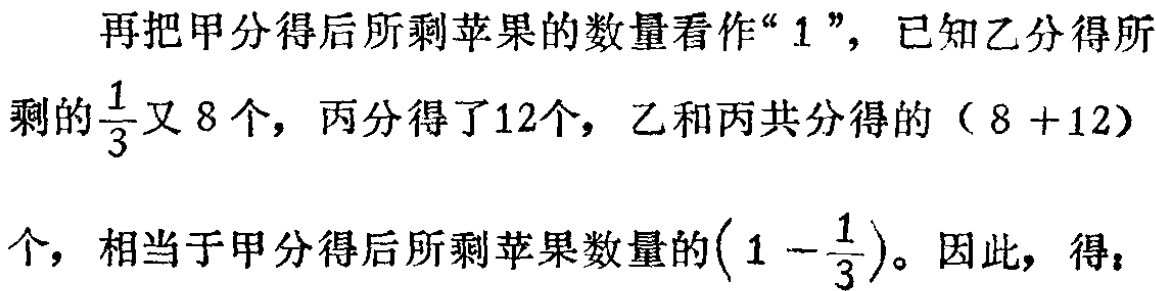
再把甲分得后所剩苹果的数量看作“$1$”，已知乙分得所剩的$\frac{1}{3}$又$8$个，丙分得了12个，乙和丙共分得的（$8 + 12$）个，相当于甲分得后所剩苹果数量的$(1 - \frac{1}{3})$。因此，得：